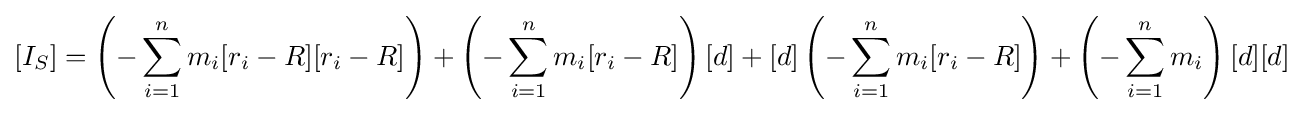
[I_{S}]=\left(-\sum _{i=1}^{n}m_{i}[r_{i}-R][r_{i}-R]\right)+\left(-\sum _{i=1}^{n}m_{i}[r_{i}-R]\right)[d]+[d]\left(-\sum _{i=1}^{n}m_{i}[r_{i}-R]\right)+\left(-\sum _{i=1}^{n}m_{i}\right)[d][d]